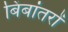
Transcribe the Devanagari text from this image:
बिंबांतरों